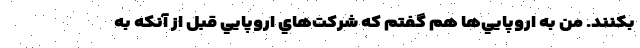
بكنند. من به اروپايي‌ها هم گفتم كه شركت‌هاي اروپايي قبل از آنكه به